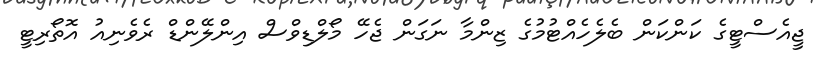
ޖީއެސްޓީގެ ކަންކަން ބެލެހެއްޓުމުގެ ޒިންމާ ނަގަން ޖެހޭ މޯލްޑިވްސް އިންލޭންޑް ރެވެނިއު އޮތޯރިޓީ